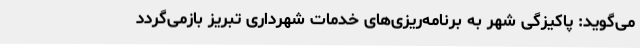
می‌گوید: پاکیزگی شهر به برنامه‌ریزی‌های خدمات شهرداری تبریز بازمی‌گردد